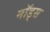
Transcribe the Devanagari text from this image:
नॉड्स